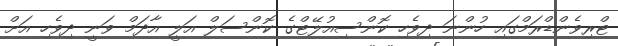
ޓްރިވެންޑްރަމްގައި ހުންނަ ދިވެހި ކޮންސިއުލޭޓްގެ ކޮންސަލް އަލީ އާދަމް ވަނީ ދިވެހި އަށް